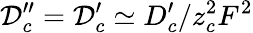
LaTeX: \mathcal{D}_{c}^{\prime\prime}=\mathcal{D}_{c}^{\prime}\simeq D_{c}^{\prime}/z_{c}^{2}F^{2}